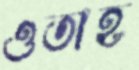
ওতাহ